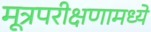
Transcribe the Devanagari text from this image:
मूत्रपरीक्षणामध्ये